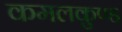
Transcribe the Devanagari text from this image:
कमलकुण्ड